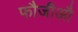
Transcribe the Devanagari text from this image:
फौजीऔ